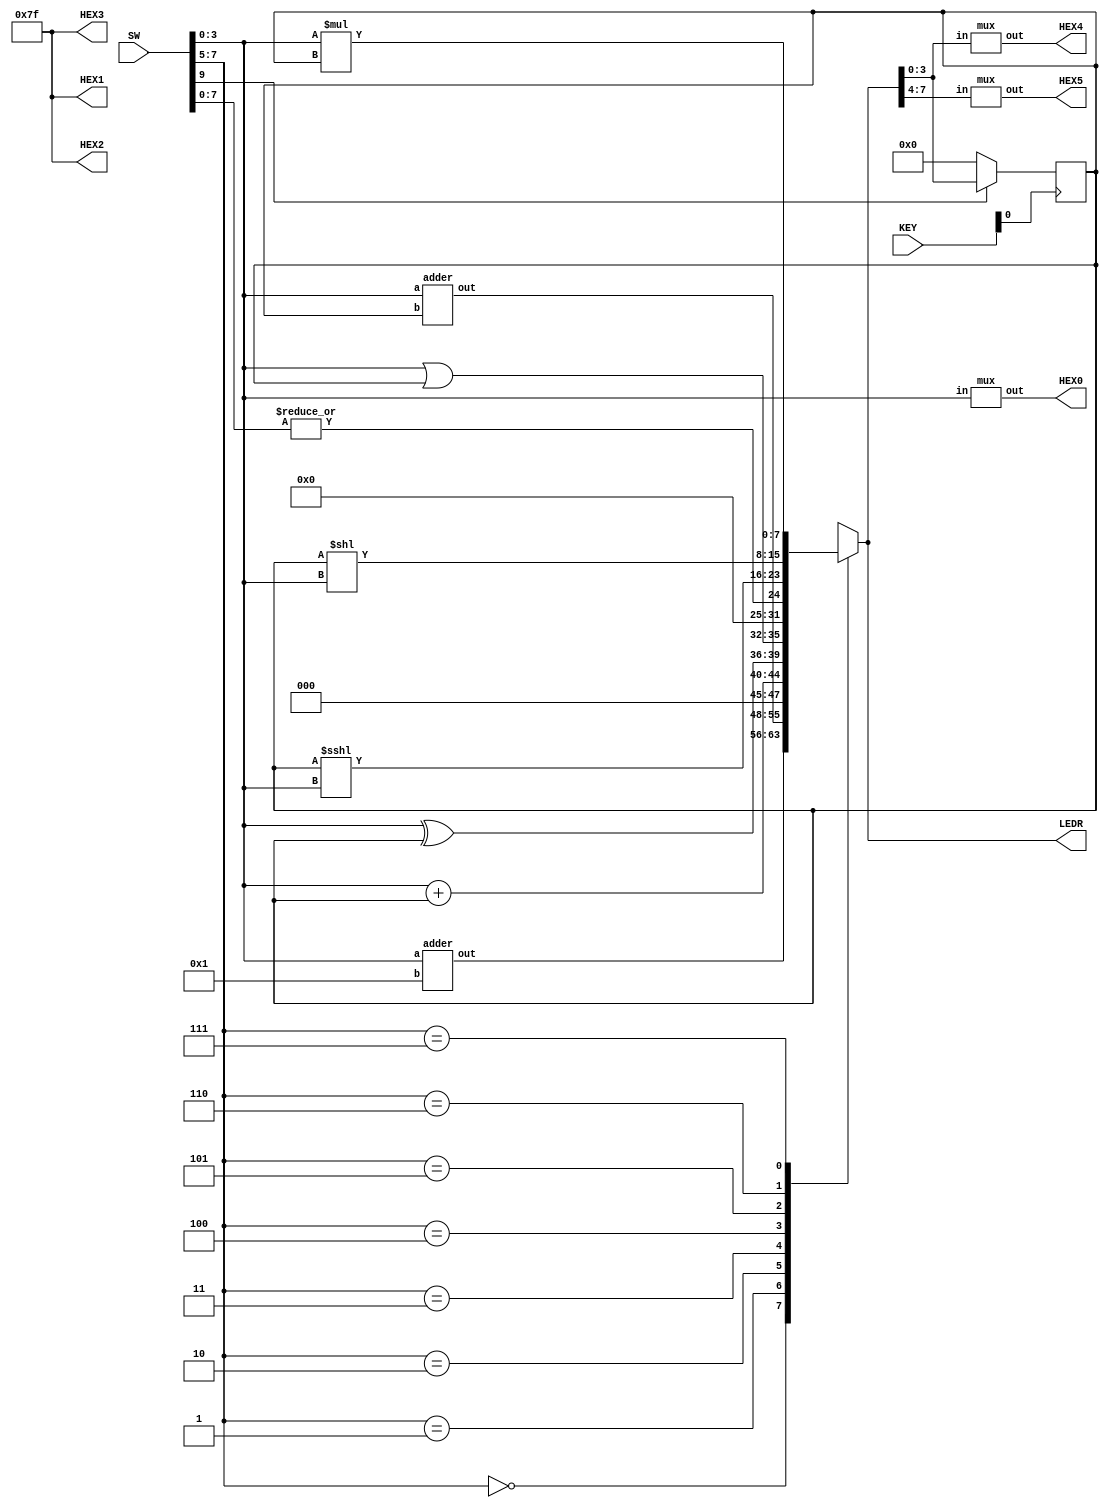
module lab4(LEDR, HEX0, HEX1,HEX2,HEX3, HEX4, HEX5, SW, KEY);
	input [9:0] SW;
	output [7:0] LEDR;
	output [6:0]HEX0, HEX1,HEX2,HEX3, HEX4, HEX5;
	input [2:0] KEY;
	
	reg [7:0]out;
	wire [7:0] wire1, wire2, wire3;
	wire [6:0] connect1, connect2, connect3, connect4;
	wire [3:0] A;
	reg [3:0] B;
	wire clk, reset_n;
	
	assign reset_n = SW[9];
	assign clk = KEY[0];
	assign A = SW[3:0];
	
	adder addone(.out(wire1[7:0]),
					.a(A),
					.b(4'b0001));
	
	adder addB(.out(wire2[7:0]),
				.a(A),
			   .b(B));
			
	mux zero(.out(HEX0[6:0]),
				.in(SW[3:0]));
				
	mux four(.out(HEX4[6:0]),
				.in(LEDR[3:0]));
				
	mux five(.out(HEX5[6:0]),
				.in(LEDR[7:4]));
				
	always @(posedge clk)
	begin
		if (reset_n == 1'b0)
			B <= 4'b0000;
		else
			B <= LEDR[3:0];
	end
		
	always @(*)
	begin
		case (SW[7:5])
			3'b000: out = {3'b000, wire1};
			3'b001: out = {3'b000, wire2};
			3'b010: out = A + B;
			3'b011: out = {A^B, A|B};
			3'b100: out = {7'b0000000, | SW[7:0]};
			3'b101: out = B <<< A;
			3'b110: out = B << A;
			3'b111: out = A * B;
			default: out = {8'b00000000};
		endcase
	end		
	assign LEDR = out;
	assign HEX1[6:0] = 7'b1111111;
	assign HEX2[6:0] = 7'b1111111;
	assign HEX3[6:0] = 7'b1111111;
		
endmodule

module adder(out, a, b);
	input [3:0] a;
	input [3:0] b;
	output[7:0] out;
	wire c1, c2, c3;
	FA one(.A(a[0]),
		.B(b[0]),
		.cin(1'b0),
		.s(out[0]),
		.cout(c1));
		
	FA two(.A(a[1]),
		.B(b[1]),
		.cin(c1),
		.s(out[1]),
		.cout(c2));
	
	FA three(.A(a[2]),
		.B(b[2]),
		.cin(c2),
		.s(out[2]),
		.cout(c3));
	
	FA four(.A(a[3]),
		.B(b[3]),
		.cin(c3),
		.s(out[3]),
		.cout(out[4]));
endmodule

module FA(A,B,cin,s,cout);
	input A,B,cin;
	output s,cout;
	assign s = A^B^cin;
	assign cout = (B & cin) | (A & cin) | (A & B);
endmodule
	
module mux(out, in);
        input [3:0] in;
        output [6:0] out;

        zero u0(
                .c0(in[0]),
                .c1(in[1]),
                .c2(in[2]),
					 .c3(in[3]),
                .out(out[0])
                );
			one u1(
                .c0(in[0]),
                .c1(in[1]),
                .c2(in[2]),
					 .c3(in[3]),
                .out(out[1])
                );
			two u2(
                .c0(in[0]),
                .c1(in[1]),
                .c2(in[2]),
					 .c3(in[3]),
                .out(out[2])
                );

			three u3(
                .c0(in[0]),
                .c1(in[1]),
                .c2(in[2]),
					 .c3(in[3]),
                .out(out[3])
                );

			four u4(
                .c0(in[0]),
                .c1(in[1]),
                .c2(in[2]),
					 .c3(in[3]),
                .out(out[4])
                );

			five u5(
                .c0(in[0]),
                .c1(in[1]),
                .c2(in[2]),
					 .c3(in[3]),
                .out(out[5])
                );
				
			six u6(
                .c0(in[0]),
                .c1(in[1]),
                .c2(in[2]),
					 .c3(in[3]),
                .out(out[6])
                );



endmodule

module zero(c0,c1,c2,c3,out);
        input c0;
        input c1;
        input c2;
		  input c3;
        output out;

        assign out = c0 & ~c1 & c2 & c3 | ~c0 & ~c1 & c2 & ~c3 | c0 & ~c1 & ~c2 & ~c3| c0 & c1 & ~c2 & c3; 
endmodule

module one(c0,c1,c2,c3,out);
        input c0;
        input c1;
        input c2;
		  input c3;
        output out;

        assign out = ~c0 & c2 & c3 | c0 & c1 & c2 & c3 | c0 & ~c1 & c2 & ~c3| ~c0 & c1 & c2 | c0 & c1 & ~c2 & c3; 
endmodule

module two(c0,c1,c2,c3,out);
        input c0;
        input c1;
        input c2;
		  input c3;
        output out;

        assign out = ~c0 & c2 & c3 | c0 & c1 & c2 & c3 | ~c0 & c1 & ~c2 & ~c3; 
endmodule

module three(c0,c1,c2,c3,out);
        input c0;
        input c1;
        input c2;
		  input c3;
        output out;

        assign out = c0 & ~c1 & ~c2 | c0 & c1 & c2 | ~c0 & ~c1 & c2 & ~c3| ~c0 & c1 & ~c2 & c3; 
endmodule

module four(c0,c1,c2,c3,out);
        input c0;
        input c1;
        input c2;
		  input c3;
        output out;

        assign out = c0 & ~c3 | c0 & ~c1 & ~c2 | ~c1 & c2 & ~c3; 
endmodule

module five(c0,c1,c2,c3,out);
        input c0;
        input c1;
        input c2;
		  input c3;
        output out;

        assign out = c0 & c1 & ~c3 | c0 & ~c2 & ~c3 | c0 & ~c1 & c2 & c3| ~c0 & c1 & ~c2 & ~c3; 
endmodule

module six(c0,c1,c2,c3,out);
        input c0;
        input c1;
        input c2;
		  input c3;
        output out;

        assign out = ~c1 & ~c2 & ~c3 | c0 & c1 & c2 & ~c3 | ~c0 & ~c1 & c2 & c3; 
endmodule